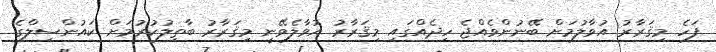
ފަހެ މިޤަރާރު އުވާލުމަށް ބޭނުންވެއްޖެ ހިދެއްގައި މިޤަރާރު އުވާލެވޭނީ މިޤަރާރު ބާތިލުކުރުމަށް ކައުންސިލްގެ